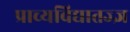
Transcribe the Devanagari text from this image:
प्राच्यविद्यातज्ज्ञ